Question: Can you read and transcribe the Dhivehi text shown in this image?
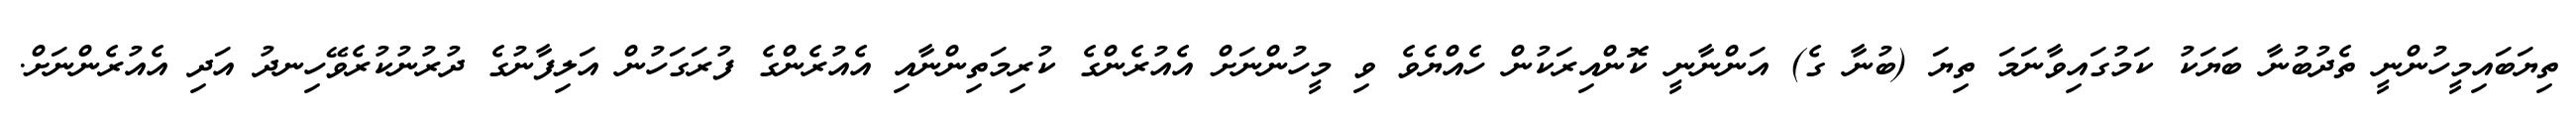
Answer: ތިޔަބައިމީހުންނީ ތެދުބުނާ ބަޔަކު ކަމުގައިވާނަމަ ތިޔަ (ބުނާ ގެ) އަންނާނީ ކޮންއިރަކުން ހެއްޔެވެ ވި މީހުންނަށް އެއުރެންގެ ކުރިމަތިންނާއި އެއުރެންގެ ފުރަގަހުން އަލިފާނުގެ ދުރުނުކުރެވޭހިނދު އަދި އެއުރެންނަށް.